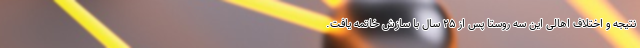
نتیجه و اختلاف اهالی این سه روستا پس از ۲۵ سال با سازش خاتمه یافت.